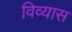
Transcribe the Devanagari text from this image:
विव्यास